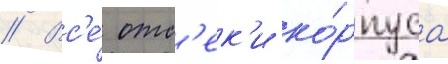
// Вс'е́ отс'ек'и ко́рпуса